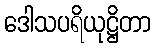
ဒေါသပရိယုဋ္ဌိတာ